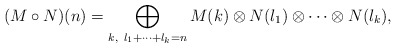
\begin{align*}(M\circ N)(n)=\bigoplus_{k,\ l_1+\cdots+l_k=n} M(k)\otimes N(l_1)\otimes\cdots\otimes N(l_k),\end{align*}